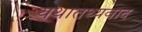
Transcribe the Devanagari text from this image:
यथातथ्यवाद